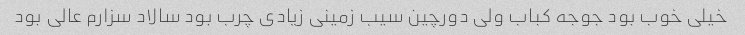
خیلی خوب بود جوجه کباب ولی دورچین سیب زمینی زیادی چرب بود سالاد سزارم عالی بود